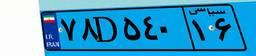
۷۸D۵۴۰۱۶